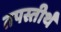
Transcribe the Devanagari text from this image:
तपस्तीर्थं